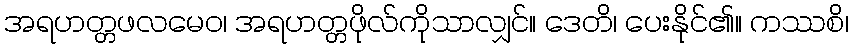
အရဟတ္တဖလမေဝ၊ အရဟတ္တဖိုလ်ကိုသာလျှင်။ ဒေတိ၊ ပေးနိုင်၏။ ကဿစိ၊